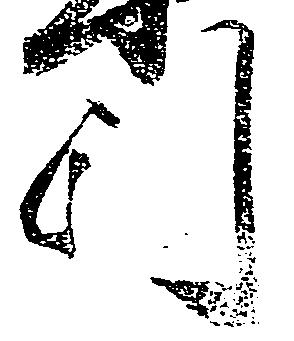
引